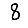
Digit: 8